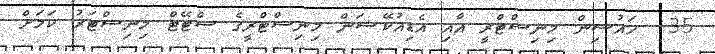
35  ހައުސިން މިނިސްޓްރީ އާއި އެޑިއުކޭޝަން މިނިސްޓްރީގެ ސްޓޭޓް މިނިސްޓަރު ކަމަށް